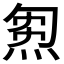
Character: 𤊝